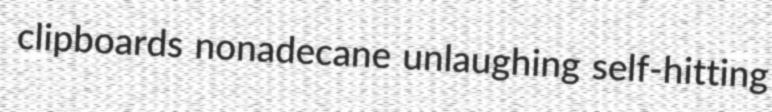
clipboards nonadecane unlaughing self-hitting